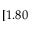
[ 1 . 8 0